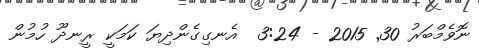
ނޮވެމްބަރު 30